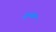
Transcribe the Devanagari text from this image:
वेल्यास